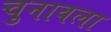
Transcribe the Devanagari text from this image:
चुनावला